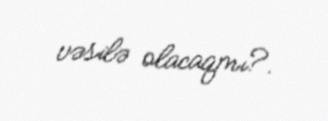
vəsilə olacaqmı?.